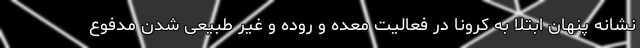
نشانه پنهان ابتلا به کرونا در فعالیت معده و روده و غیر طبیعی شدن مدفوع